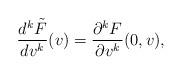
LaTeX: \begin{align*} \frac{d^k\tilde{F}}{dv^k}(v)=\frac{\partial^kF}{\partial v^k}(0,v),\end{align*}